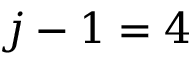
j - 1 = 4